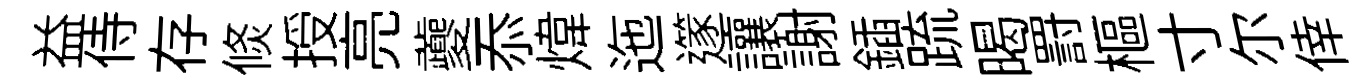
益侍存倐授亮夔忝煒迤𨗹讓謝鍤䟽暍罸樞寸尔倖